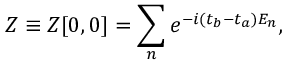
Z \equiv Z [ 0 , 0 ] = \sum _ { n } e ^ { - i ( t _ { b } - t _ { a } ) E _ { n } } ,